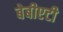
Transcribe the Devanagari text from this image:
बेबीएटी